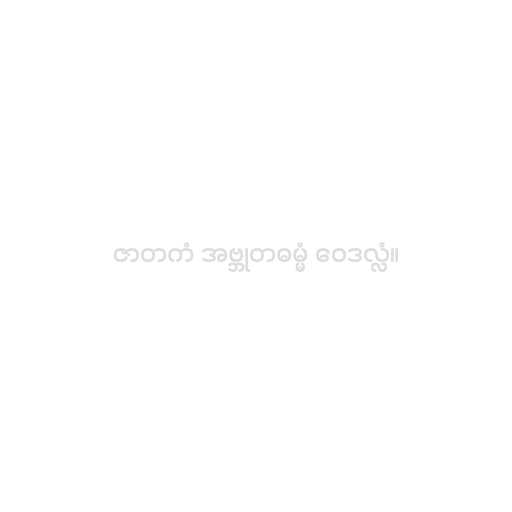
ဇာတကံ အဗ္ဘုတဓမ္မံ ဝေဒလ္လံ။